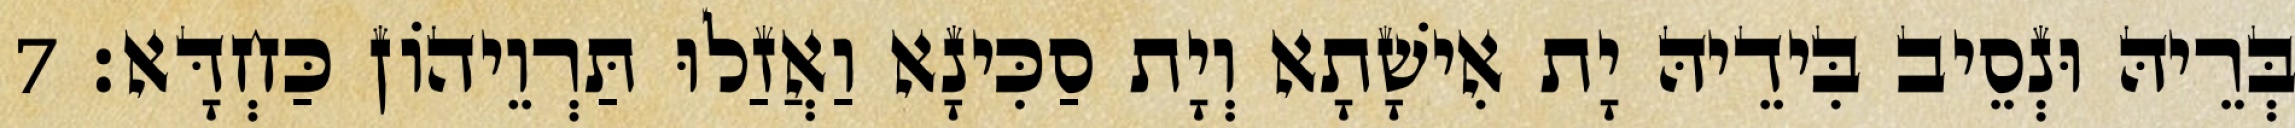
בְּרֵיהּ וּנְסֵיב בִּידֵיהּ יָת אִישָׁתָא וְיָת סַכִּינָא וַאֲזַלוּ תַּרְוֵיהוֹן כַּחְדָּא׃ 7